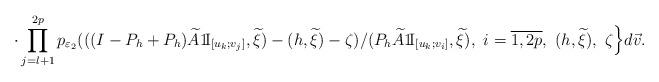
LaTeX: \begin{align*} \cdot \prod^{2p}_{j=l+1} p_{\varepsilon_2}(((I-P_h+P_h)\widetilde{A}{1\!\!\,{\rm I}}_{[u_k;v_j]}, \widetilde{\xi})-(h,\widetilde{\xi})-\zeta)/(P_h\widetilde{A}{1\!\!\,{\rm I}}_{[u_k; v_i]}, \widetilde{\xi}),\ i=\overline{1, 2p},\ (h,\widetilde{\xi}),\ \zeta\Big\}d\vec{v}. \end{align*}